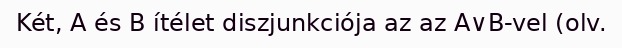
Két, A és B ítélet diszjunkciója az az A∨B-vel (olv.